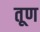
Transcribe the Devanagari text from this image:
तूण